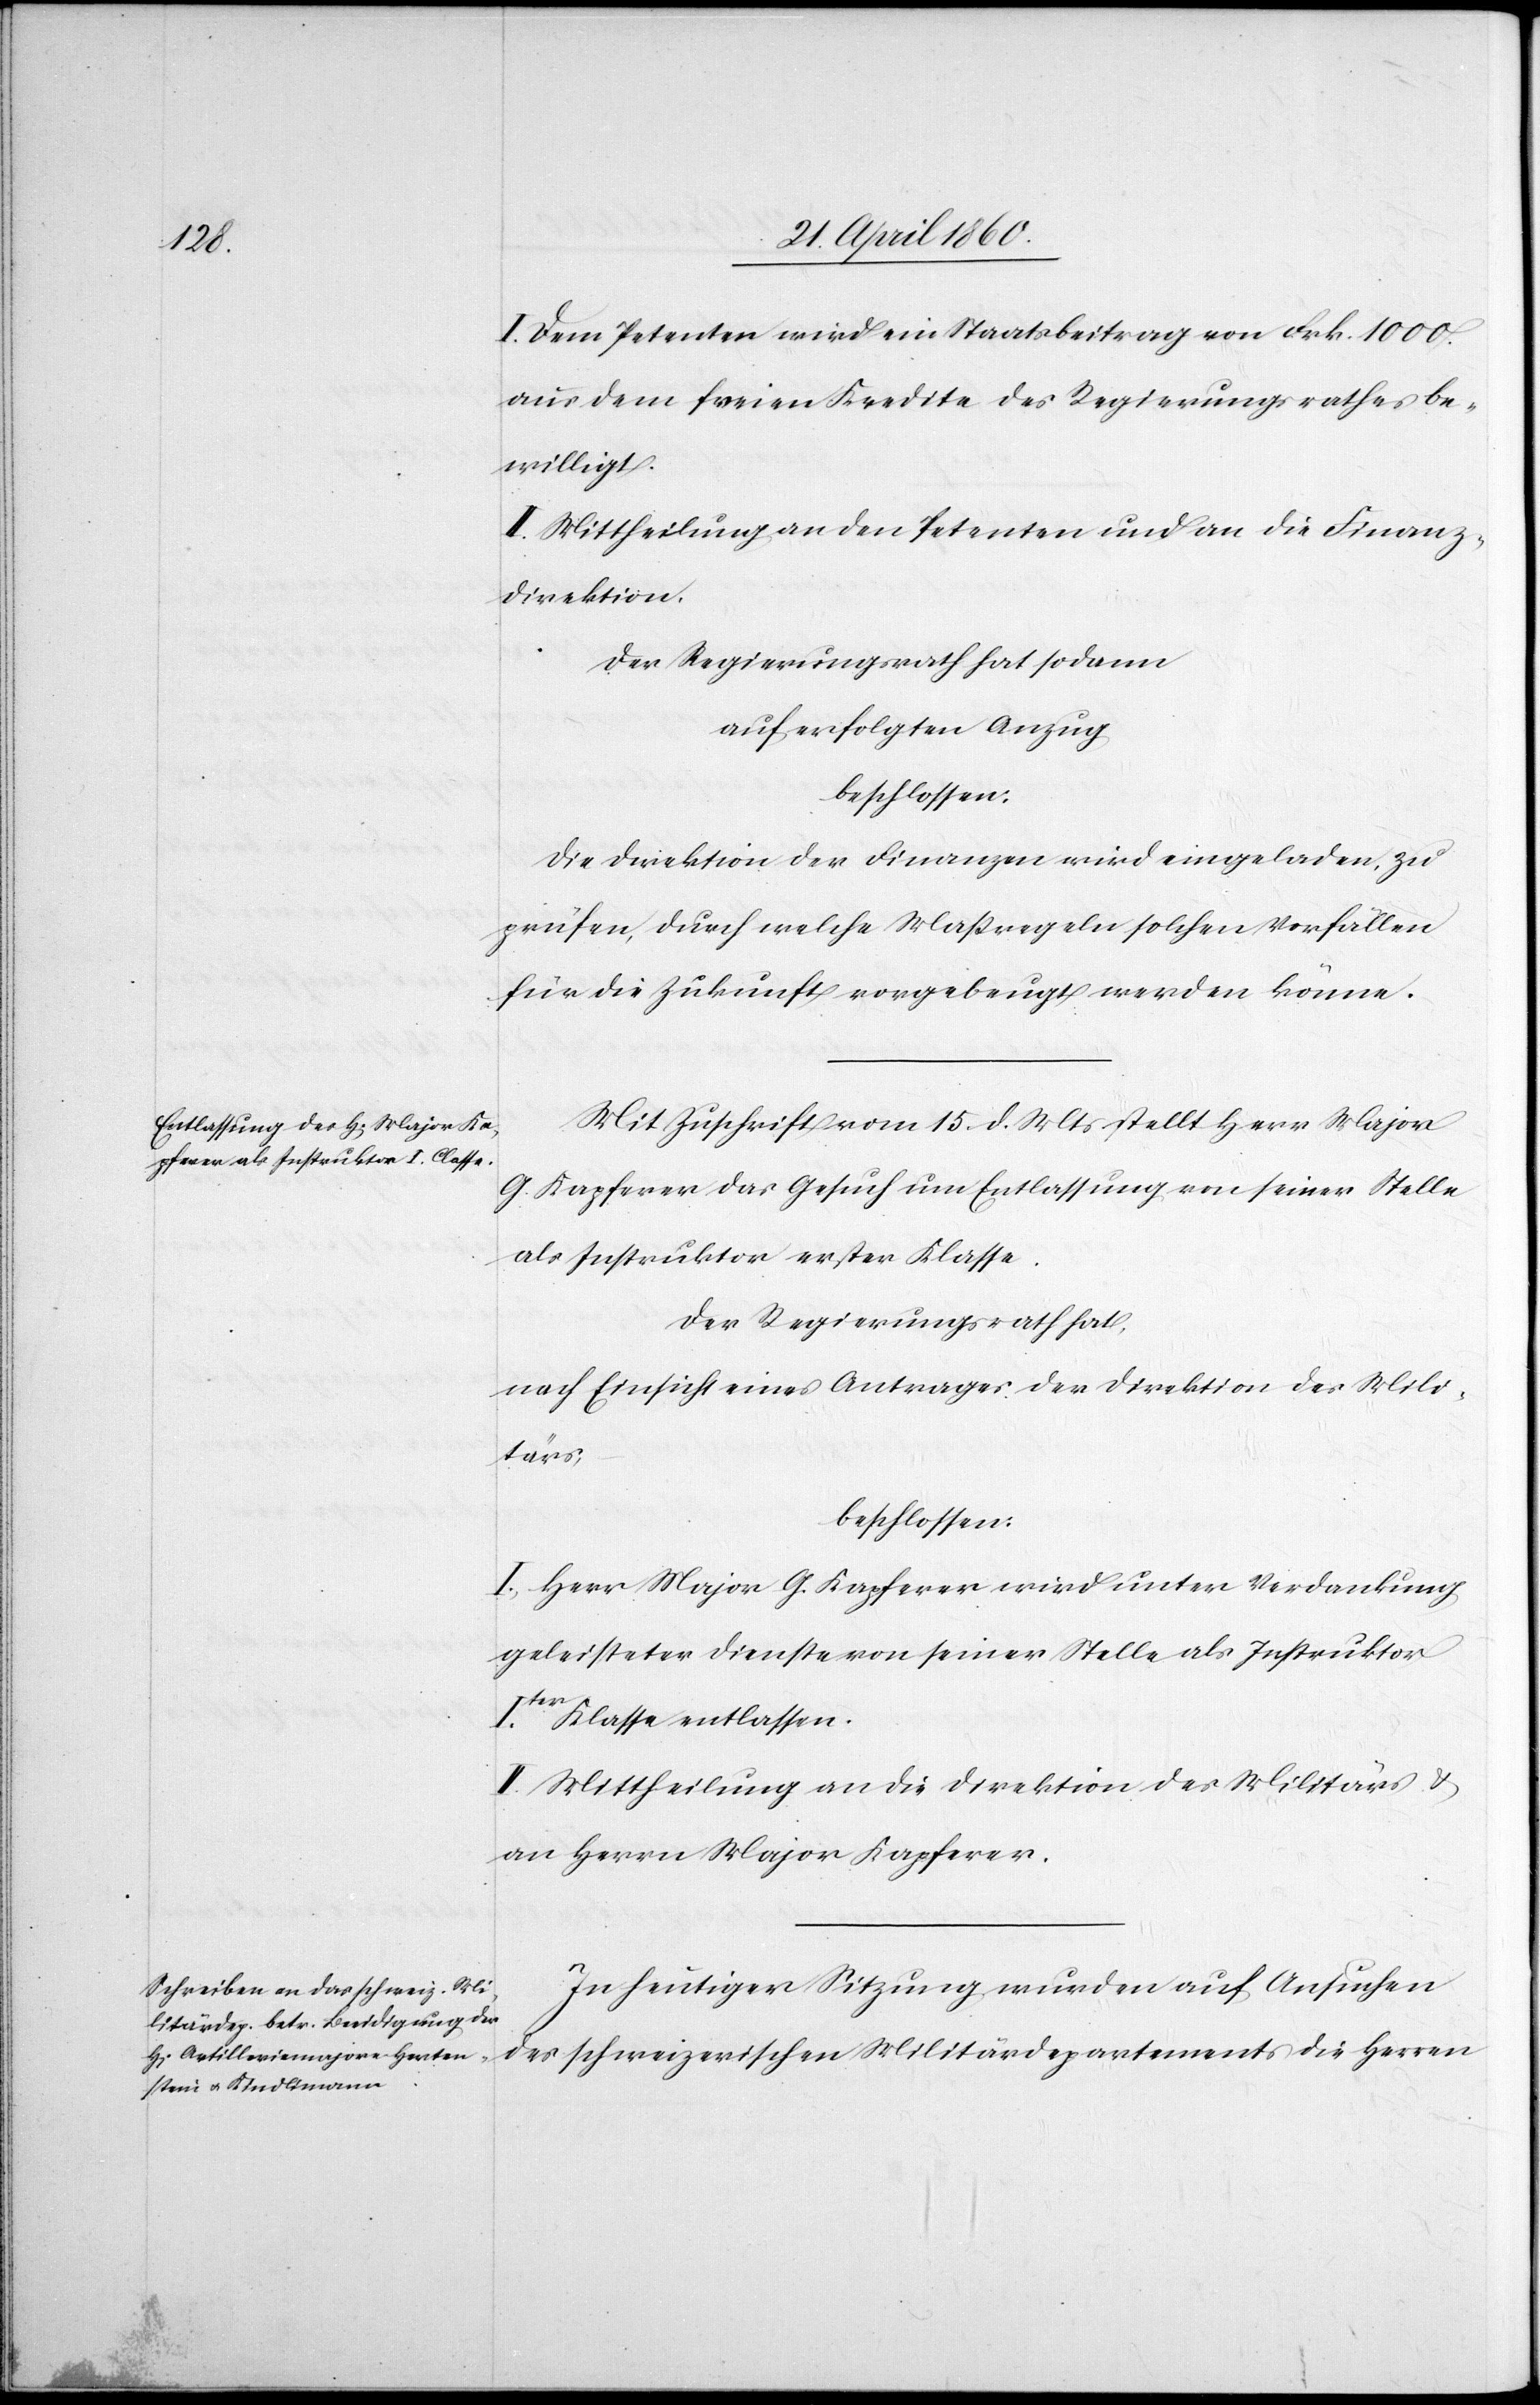
I. Dem Petenten wird ein Staatsbeitrag von Frk. 1000.
aus dem freien Kredite des Regierungsrathes be¬
willigt.
II. Mittheilung an den Petenten und an die Finanz¬
direktion.
Der Regierungsrath hat sodann
auf erfolgten Anzug
beschlossen:
Die Direktion der Finanzen wird eingeladen, zu
prüfen, durch welche Maßregeln solchen Vorfällen
für die Zukunft vorgebeugt werden könne.
Mit Zuschrift vom 15. d. Mts. stellt Herr Major
G. Kapferer das Gesuch um Entlassung von seiner Stelle
als Instruktor erster Klasse.
Der Regierungsrath hat,
nach Einsicht eines Antrages der Direktion des Mili¬
tärs,
beschlossen:
I. Herr Major G. Kapferer wird unter Verdankung
geleisteter Dienste von seiner Stelle als Instruktor
Iter Klasse entlassen.
II. Mittheilung an die Direktion des Militärs u.
an Herrn Major Kapferer.
In heutiger Sitzung wurden auf Ansuchen
des schweizerischen Militärdepartement die Herren